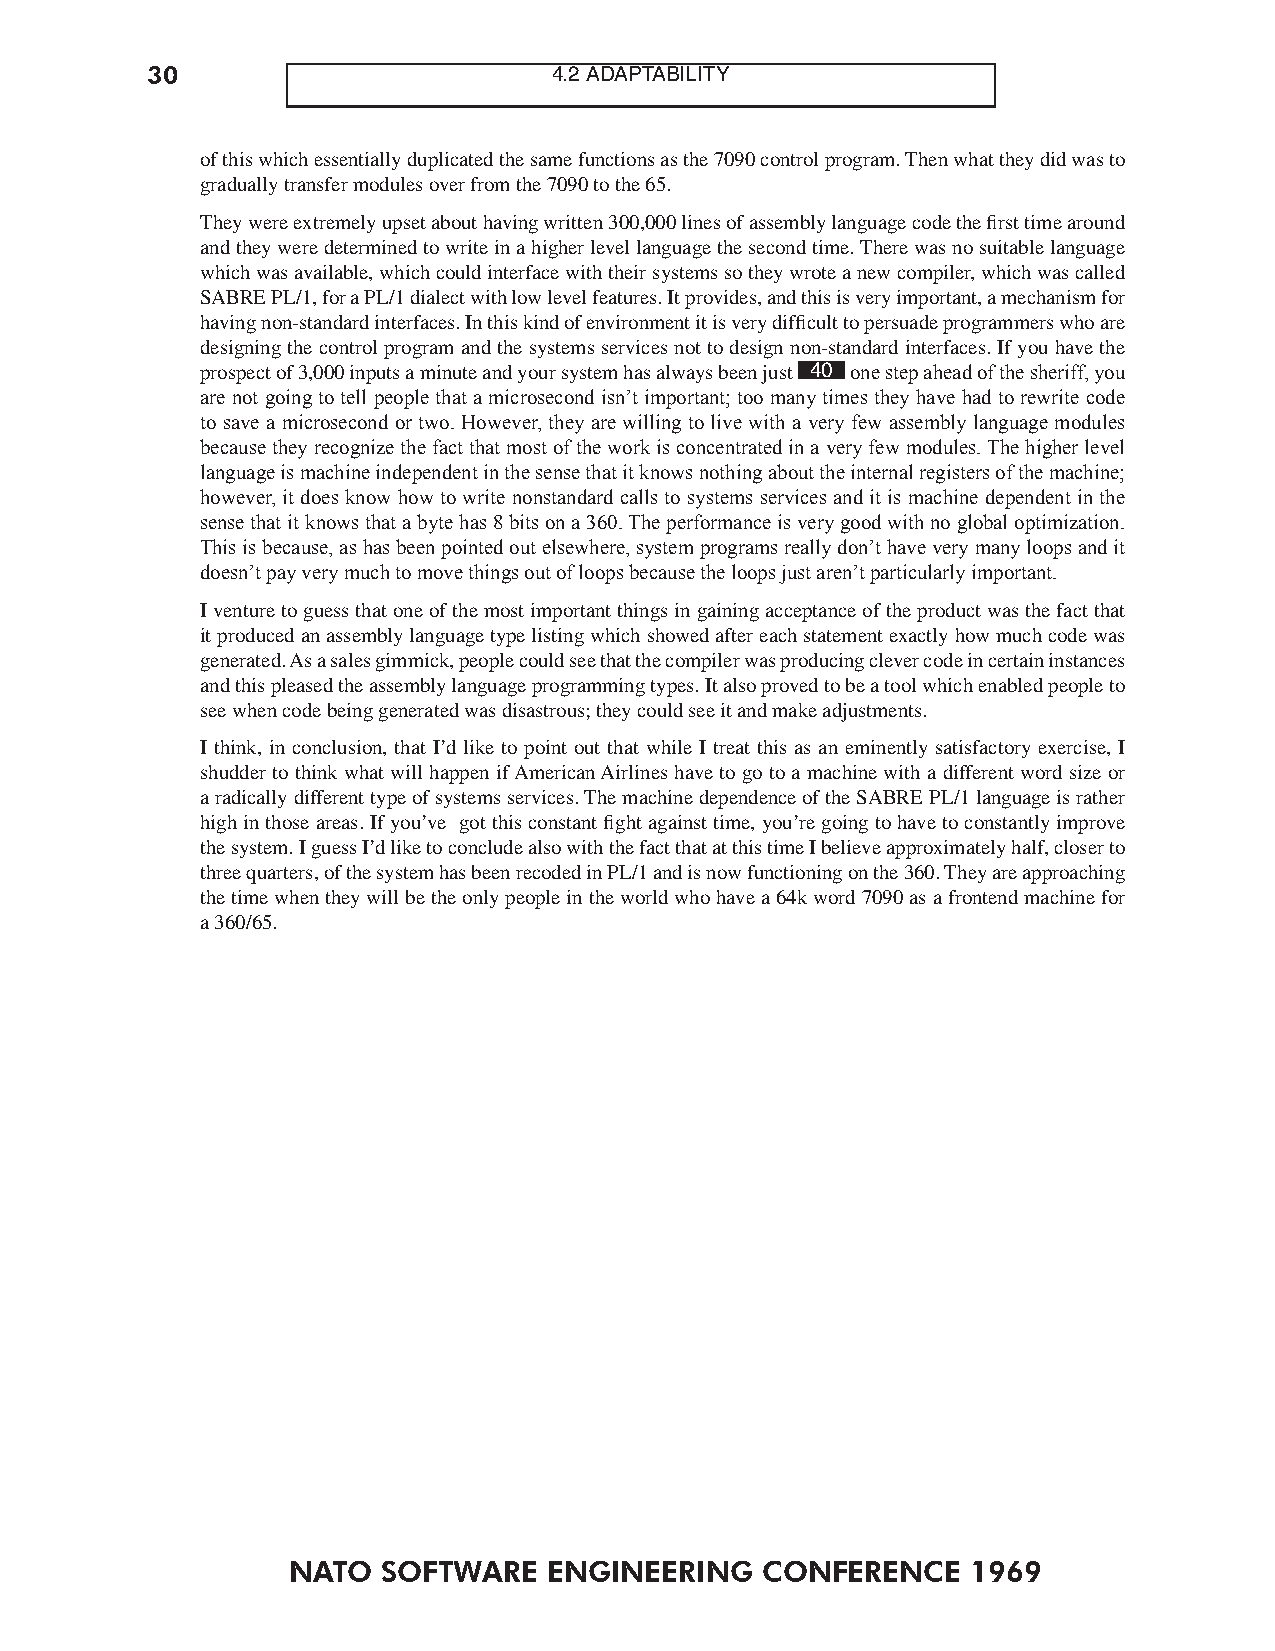
30                         4.2 ADAPTABILITY
 of this which essentially duplicated the same functions as the 7090 control program. Then what they did was to
 gradually transfer modules over from the 7090 to the 65.
 They were extremely upset about having written 300,000 lines of assembly language code the first time around
 and they were determined to write in a higher level language the second time. There was no suitable language
 which was available, which could interface with their systems so they wrote a new compiler, which was called
 SABRE PL/1, for a PL/1 dialect with low level features. It provides, and this is very important, a mechanism for
 having non-standard interfaces. In this kind of environment it is very difficult to persuade programmers who are
 designing the control program and the systems services not to design non-standard interfaces. If you have the
 prospect of 3,000 inputs a minute and your system has always been just 40 one step ahead of the sheriff, you
 are not going to tell people that a microsecond isn’t important; too many times they have had to rewrite code
 to save a microsecond or two. However, they are willing to live with a very few assembly language modules
 because they recognize the fact that most of the work is concentrated in a very few modules. The higher level
 language is machine independent in the sense that it knows nothing about the internal registers of the machine;
 however, it does know how to write nonstandard calls to systems services and it is machine dependent in the
 sense that it knows that a byte has 8 bits on a 360. The performance is very good with no global optimization.
 This is because, as has been pointed out elsewhere, system programs really don’t have very many loops and it
 doesn’t pay very much to move things out of loops because the loops just aren’t particularly important.
 I venture to guess that one of the most important things in gaining acceptance of the product was the fact that
 it produced an assembly language type listing which showed after each statement exactly how much code was
 generated. As a sales gimmick, people could see that the compiler was producing clever code in certain instances
 and this pleased the assembly language programming types. It also proved to be a tool which enabled people to
 see when code being generated was disastrous; they could see it and make adjustments.
 I think, in conclusion, that I’d like to point out that while I treat this as an eminently satisfactory exercise, I
 shudder to think what will happen if American Airlines have to go to a machine with a different word size or
 a radically different type of systems services. The machine dependence of the SABRE PL/1 language is rather
 high in those areas. If you’ve got this constant fight against time, you’re going to have to constantly improve
 the system. I guess I’d like to conclude also with the fact that at this time I believe approximately half, closer to
 three quarters, of the system has been recoded in PL/1 and is now functioning on the 360. They are approaching
 the time when they will be the only people in the world who have a 64k word 7090 as a frontend machine for
 a 360/65.
 NATO  SOFTWARE   ENGINEERING   CONFERENCE    1969